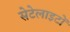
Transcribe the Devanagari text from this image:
सेटेलाइटों